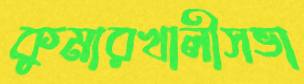
কুমারখালীসভা